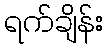
ရက်ချိန်း